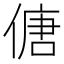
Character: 傏